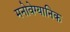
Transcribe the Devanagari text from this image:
मनोवेग्यानिक